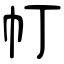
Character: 帄